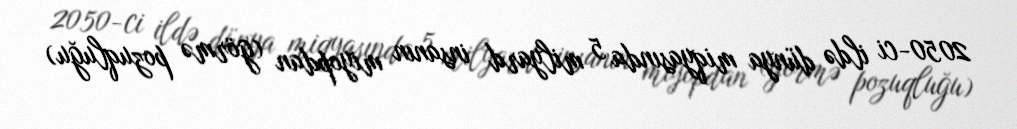
2050-ci ildə dünya miqyasında 5 milyard insanın miyopdan (görmə pozuqluğu)